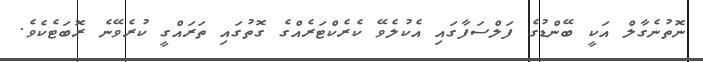
ނޮތުނެގާލް އަކީ ބޭންޑުގެ ފަލްސަފާގައި އެކުލެވޭ ކެރެކްޓަރެއްގެ ގޮތުގައި ތަރައްގީ ކުރެވޭނެ ރޮބަޓެކެވެ.